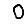
Digit: 0